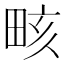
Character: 畡